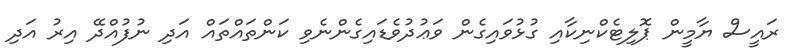
ރައީސް ޔާމީން ޕޮލިޓެކްނިކާއި ގުޅުވައިގެން ވަޢުދުވެޑައިގެންނެވި ކަންތައްތައް އަދި ނުފުއްދޭ އިރު އަދި